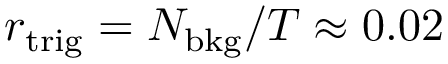
r _ { \mathrm { t r i g } } = N _ { \mathrm { b k g } } / T \approx 0 . 0 2